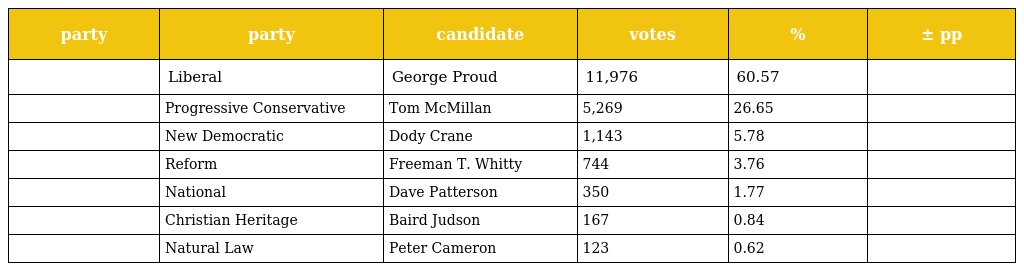
| party | party | candidate | votes | % | ± pp |
 | --- | --- | --- | --- | --- | --- |
 |  | Liberal | George Proud | 11,976 | 60.57 |  |
 |  | Progressive Conservative | Tom McMillan | 5,269 | 26.65 |  |
 |  | New Democratic | Dody Crane | 1,143 | 5.78 |  |
 |  | Reform | Freeman T. Whitty | 744 | 3.76 |  |
 |  | National | Dave Patterson | 350 | 1.77 |  |
 |  | Christian Heritage | Baird Judson | 167 | 0.84 |  |
 |  | Natural Law | Peter Cameron | 123 | 0.62 |  |